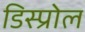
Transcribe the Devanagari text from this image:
डिस्प्रोल